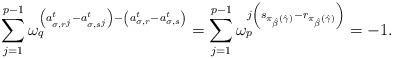
LaTeX: \begin{align*}\sum_{j=1}^{p-1} \omega_q^{\left(a^t_{\sigma, r^j}-a^t_{\sigma, s^j}\right)-\left(a^t_{\sigma, r}-a^t_{\sigma, s} \right)} =\sum_{j=1}^{p-1}\omega_p^{j\left(s_{\pi_{\hat{\beta}}(\hat{\gamma})}-r_{\pi_{\hat{\beta}}(\hat{\gamma})} \right)}=-1.\end{align*}